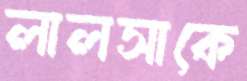
লালসাকে